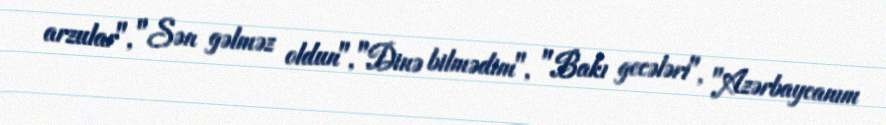
arzular", "Sən gəlməz oldun", "Dinə bilmədim", "Bakı gecələri", "Azərbaycanım